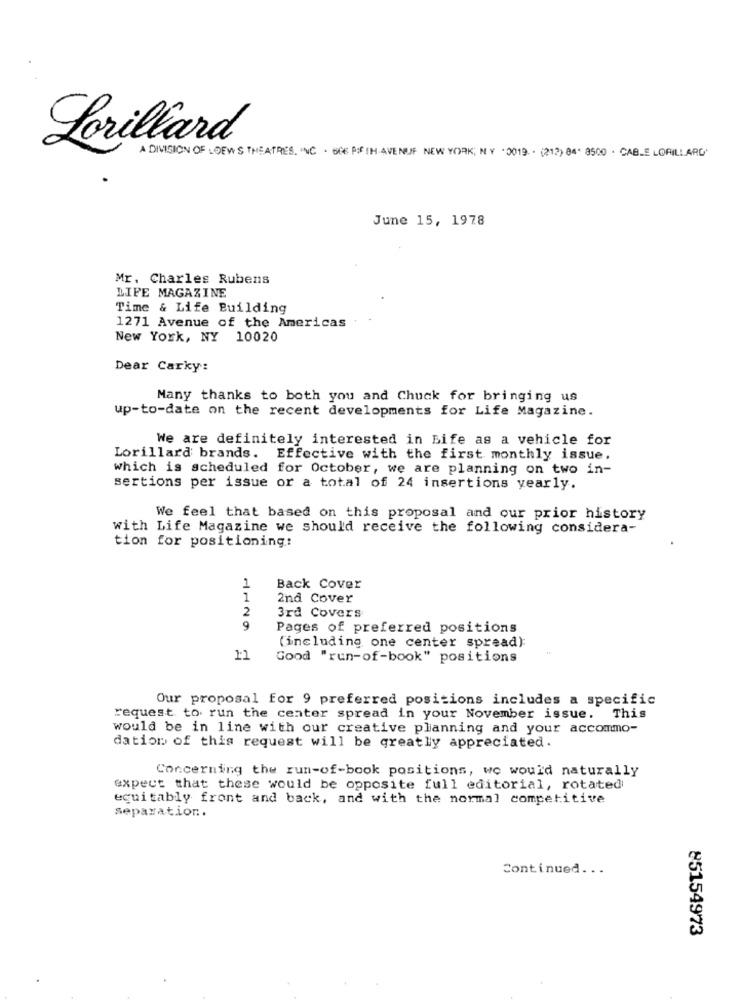
Lorillard
A DIVISION OF LOEWS THEATRES. "WC . OCE PI IH AVENUE NEW YORK, NY .2019. . (212) 84' 8500 . CABLE LORILLARD.
June 15, 1978
Mr. Charles Rubens
LIFE MAGAZINE
Time & Life Building
1271 Avenue of the Americas
New York, NY 10020
Dear Carky:
Many thanks to both you and Chuck for bringing us
up-to-date on the recent developments for Life Magazine.
We are definitely interested in Bife as a vehicle for
Lorillard brands. Effective with the first monthly issue.
which is scheduled for October, we are planning on two in-
sertions per issue or a total of 24 insertions yearly.
We feel that based on this proposal and our prior history
with Life Magazine we should receive the following considera-
tion for positioning:
1
Back Cover
1
2nd Cover
2
3rd Covers
9
Pages of preferred positions
(including one center spread)
11
Good "run-of-book" positions
Our proposal for 9 preferred positions includes a specific
request to run the center spread in your November issue.
This
would be in line with our creative planning and your accommo-
dation of this request will be greatly appreciated.
Concerning the run-of-book positions, we would naturally
expect that these would be opposite full editorial, rotated
equitably front and back, and with the normal competitive
separation.
Continued ...
85154973